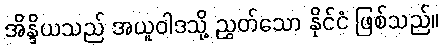
အိန္ဒိယသည် အယူဝါဒသို့ ညွှတ်သော နိုင်ငံ ဖြစ်သည်။